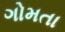
ગોમતા